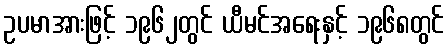
ဥပမာအားဖြင့် ၁၉၆၂တွင် ယီမင်အရေးနှင့် ၁၉၆၈တွင်